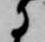
に